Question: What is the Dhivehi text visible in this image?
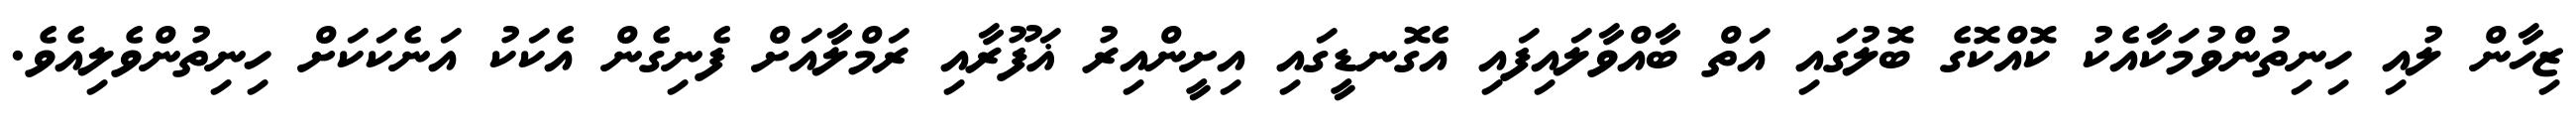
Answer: ޒިހާން ލުއި ހިނިތުންވުމަކާއެކު ކޮއްކޮގެ ބޮލުގައި އަތް ބާއްވާލައިފައި އެގޮނޑީގައި އިށީންއިރު ޣަފޫރާއި ރަމްލާއަށް ފެނިގެން އެކަކު އަނެކަކަށް ހިނިތުންވެލިއެވެ.